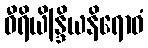
ဝီရိယိန္ဒြိယနိရောဓံ